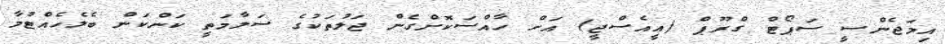
އިމަޖެންސީ ސަޕޯޓް ގްރޫޕް (އީއެސްޖީ) އަށް ހާއްސަކޮށްގެން ޖަލުތަކުގެ ސަލާމަތީ ކަންކަން ބެލެހެއްޓުމާ